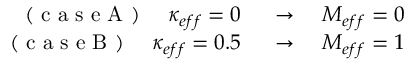
\begin{array} { r l } { \mathrm { ~ ( ~ c ~ a ~ s ~ e ~ A ~ ) ~ } ~ ~ ~ \kappa _ { e f f } = 0 ~ } & { { } \rightarrow ~ ~ ~ M _ { e f f } = 0 } \\ { \mathrm { ~ ( ~ c ~ a ~ s ~ e ~ B ~ ) ~ } ~ ~ ~ \kappa _ { e f f } = 0 . 5 ~ } & { { } \rightarrow ~ ~ ~ M _ { e f f } = 1 } \end{array}